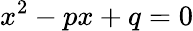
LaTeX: x^{2}-px+q=0